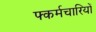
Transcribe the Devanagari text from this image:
फ्कर्मचारियों